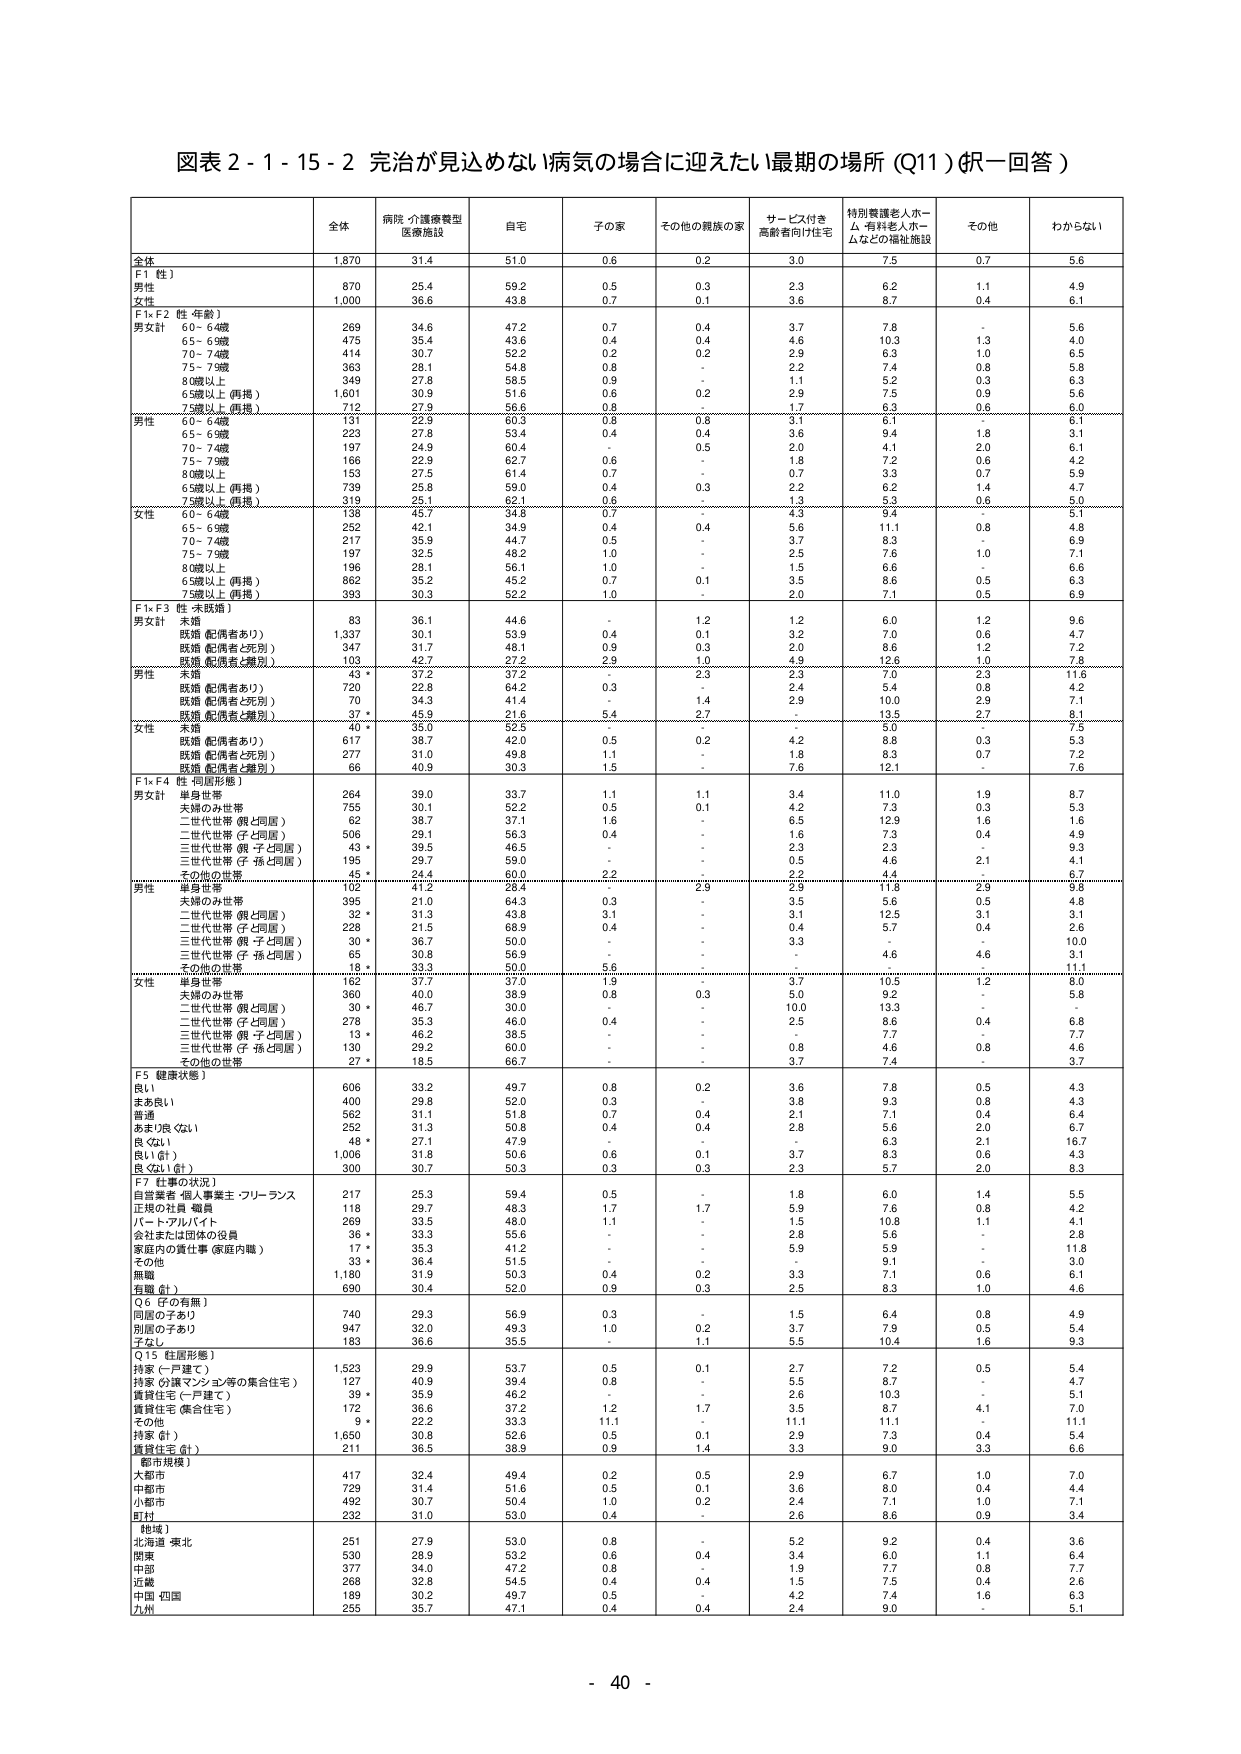
図表２-１-１５-２ 完治が見込めない病気の場合に迎えたい最期の場所（Q11）（択一回答）

全体 病院・介護療養型 医療施設 自宅 子の家 その他の親族の家 サービス付き 高齢者向け住宅 特別養護老人ホーム・有料老人ホームなどの福祉施設 その他 わからない

全体 1,870 31.4 51.0 0.6 0.2 3.0 7.5 0.7 5.6
F1【性】
男性 870 25.4 59.2 0.5 0.3 2.3 6.2 1.1 4.9
女性 1,000 36.6 43.8 0.7 0.1 3.6 8.7 0.4 6.1
F1×F2【性・年齢】
男女計 60～64歳 269 34.6 47.2 0.7 0.4 3.7 7.8 - 5.6
65～69歳 475 35.4 43.6 0.4 0.4 4.6 10.3 1.3 4.0
70～74歳 414 30.7 52.2 0.2 0.2 2.9 6.3 1.0 6.5
75～79歳 363 28.1 54.8 0.8 - 2.2 7.4 0.8 5.8
80歳以上 349 27.8 58.5 0.9 - 1.1 5.2 0.3 6.3
65歳以上（再掲） 1,601 30.9 51.6 0.6 0.2 2.9 7.5 0.9 5.6
75歳以上（再掲） 712 27.9 56.6 0.8 - 1.7 6.3 0.6 6.0
男性 60～64歳 131 22.9 60.3 0.8 0.8 3.1 6.1 - 6.1
65～69歳 223 27.8 53.4 0.4 0.4 3.6 9.4 1.8 3.1
70～74歳 187 24.9 60.4 - 0.5 2.0 4.1 2.0 6.1
75～79歳 166 22.9 62.7 0.6 - 1.8 7.2 0.6 4.2
80歳以上 153 27.5 61.4 0.7 - 0.7 3.3 0.7 5.9
65歳以上（再掲） 739 25.8 59.0 0.4 0.3 2.2 6.2 1.4 4.7
75歳以上（再掲） 319 25.1 62.1 0.6 - 1.3 5.3 0.6 5.0
女性 60～64歳 138 45.7 34.8 0.7 - 4.3 9.4 - 5.1
65～69歳 252 42.1 34.9 0.4 0.4 5.6 11.1 0.8 4.8
70～74歳 217 35.9 44.7 0.5 - 3.7 8.3 - 6.9
75～79歳 197 32.5 48.2 1.0 - 2.5 7.6 1.0 7.1
80歳以上 196 28.1 56.1 1.0 - 1.5 6.6 - 6.6
65歳以上（再掲） 862 35.2 45.2 0.7 0.1 3.5 8.6 0.5 6.3
75歳以上（再掲） 393 30.3 52.2 1.0 - 2.0 7.1 0.5 6.9
F1×F3【性・未既婚】
男女計 未婚 83 36.1 44.6 - 1.2 1.2 6.0 1.2 9.6
既婚（配偶者あり） 1,337 30.1 53.9 0.4 0.1 3.2 7.0 0.6 4.7
既婚（配偶者と死別） 347 31.7 48.1 0.9 0.3 2.0 8.6 1.2 7.2
既婚（配偶者と離別） 103 42.7 27.2 2.9 1.0 4.9 12.6 1.0 7.8
男性 未婚 43 * 37.2 37.2 - 2.3 2.3 7.0 2.3 11.6
既婚（配偶者あり） 720 22.8 64.2 0.3 - 2.4 5.4 0.8 4.2
既婚（配偶者と死別） 70 34.3 41.4 - 1.4 2.9 10.0 2.9 7.1
既婚（配偶者と離別） 37 * 45.9 21.6 5.4 2.7 - 13.5 2.7 8.1
女性 未婚 40 * 35.0 52.5 - - - 5.0 - 7.5
既婚（配偶者あり） 617 38.7 42.0 0.5 0.2 4.2 8.8 0.3 5.3
既婚（配偶者と死別） 277 31.0 49.8 1.1 - 1.8 8.3 0.7 7.2
既婚（配偶者と離別） 66 40.9 30.3 1.5 - 7.6 12.1 - 7.6
F1×F4【性・同居形態】
男女計 単身世帯 264 39.0 33.7 1.1 1.1 3.4 11.0 1.9 8.7
夫婦のみ世帯 755 30.1 52.2 0.5 0.1 4.2 7.3 0.3 5.3
二世代世帯（親と同居） 62 38.7 37.1 1.6 - 6.5 12.9 1.6 1.6
二世代世帯（子と同居） 506 29.1 56.3 0.4 - 1.6 7.3 0.4 4.9
三世代世帯（親・子と同居） 43 * 39.5 46.5 - - 2.3 2.3 - 9.3
三世代世帯（子・孫と同居） 195 29.7 59.0 - - 0.5 4.6 2.1 4.1
その他の世帯 45 * 24.4 60.0 2.2 - 2.2 4.4 - 6.7
男性 単身世帯 112 41.2 28.2 - 2.3 2.9 11.8 2.9 6.7
夫婦のみ世帯 395 21.0 64.3 0.3 - 3.5 5.6 0.5 4.8
二世代世帯（親と同居） 32 * 31.3 43.8 3.1 - 3.1 12.5 3.1 3.1
二世代世帯（子と同居） 228 21.5 68.9 0.4 - 0.4 5.7 0.4 2.6
三世代世帯（親・子と同居） 30 * 36.7 50.0 - - 3.3 - - 10.0
三世代世帯（子・孫と同居） 65 30.8 56.9 - - - 4.6 4.6 3.1
その他の世帯 18 * 33.3 50.0 5.6 - - - - 11.1
女性 単身世帯 162 37.7 37.0 1.9 - 3.7 10.5 1.2 8.0
夫婦のみ世帯 360 40.0 38.9 0.8 0.3 5.0 9.2 - 5.8
二世代世帯（親と同居） 30 * 46.7 30.0 - - 10.0 13.3 - -
二世代世帯（子と同居） 278 35.3 46.0 0.4 - 2.5 8.6 0.4 6.8
三世代世帯（親・子と同居） 13 * 46.2 38.5 - - - 7.7 - 7.7
三世代世帯（子・孫と同居） 130 29.2 60.0 - - 0.8 4.6 0.8 4.6
その他の世帯 27 * 18.5 66.7 - - 3.7 7.4 - 3.7
F5【健康状態】
良い 606 33.2 49.7 0.8 0.2 3.6 7.8 0.5 4.3
まあ良い 400 29.8 52.0 0.3 - 3.8 9.3 0.8 4.3
普通 562 31.1 51.8 0.7 0.4 2.1 7.1 0.4 6.4
あまり良くない 252 31.3 50.8 0.4 0.4 2.8 5.6 2.0 6.7
良くない 48 * 27.1 47.9 - - - 6.3 2.1 16.7
良い（計） 1,006 31.8 50.6 0.6 0.1 3.7 8.3 0.6 4.3
良くない（計） 300 30.7 50.3 0.3 0.3 2.3 5.7 2.0 8.3
F7【仕事の状況】
自営業者・個人事業主・フリーランス 217 25.3 59.4 0.5 - 1.8 6.0 1.4 5.5
正規の社員・職員 118 29.7 48.3 1.7 1.7 5.9 7.6 0.8 4.2
パート・アルバイト 269 33.5 48.0 1.1 - 1.5 10.8 1.1 4.1
会社または団体の役員 36 * 33.3 55.6 - - 2.8 5.6 - 2.8
家庭内の責任仕事（家庭内職） 17 * 35.3 41.2 - - 5.9 5.9 - 11.8
その他 33 * 36.4 51.5 - - - 9.1 - 3.0
無職 1,180 31.9 50.2 0.4 0.2 3.3 7.1 0.6 6.1
有職（計） 690 30.4 52.0 0.9 0.3 2.5 8.3 1.0 4.6
Q6【子の有無】
同居の子あり 740 29.3 56.9 0.3 - 1.5 6.4 0.8 4.9
別居の子あり 947 32.0 49.3 1.0 0.2 3.7 7.9 0.5 5.4
子なし 183 36.6 35.5 - 1.1 5.5 10.4 1.6 9.3
Q15【住居形態】
持家（一戸建て） 1,523 29.9 53.7 0.5 0.1 2.7 7.2 0.5 5.4
持家（分譲マンション等の集合住宅） 127 40.9 39.4 0.8 - 5.5 8.7 - 4.7
賃貸住宅（一戸建て） 39 * 35.9 46.2 - - 2.6 10.3 - 5.1
賃貸住宅（集合住宅） 172 36.6 37.2 1.2 1.7 3.5 8.7 4.1 7.0
その他 9 * 22.2 33.3 11.1 - 11.1 11.1 - 11.1
持家（計） 1,650 30.8 52.6 0.5 0.1 2.9 7.3 0.4 5.4
賃貸住宅（計） 211 36.5 38.9 0.9 1.4 3.3 9.0 3.3 6.6
【都市規模】
大都市 417 32.4 49.4 0.2 0.5 2.9 6.7 1.0 7.0
中都市 729 31.4 51.6 0.5 0.1 3.6 8.0 0.4 4.4
小都市 492 30.7 50.4 1.0 0.2 2.4 7.1 1.0 7.1
町村 232 31.0 53.0 0.4 - 2.6 8.6 0.9 3.4
【地域】
北海道・東北 251 27.9 53.0 0.8 - 5.2 9.2 0.4 3.6
関東 530 28.9 53.2 0.6 0.4 3.4 6.0 1.1 6.4
中部 377 34.0 47.2 0.8 - 1.9 7.7 0.8 7.7
近畿 268 32.8 54.5 0.4 0.4 1.5 7.5 0.4 2.6
中国・四国 189 30.2 49.7 0.5 - 4.2 7.4 1.6 6.3
九州 265 35.7 47.1 0.4 0.4 2.4 9.0 - 5.1

- 40 -